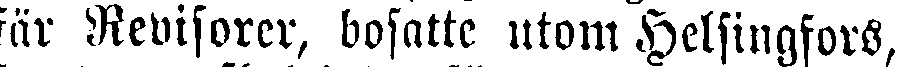
fär Revisorer, bosatte utom Helsingfors,